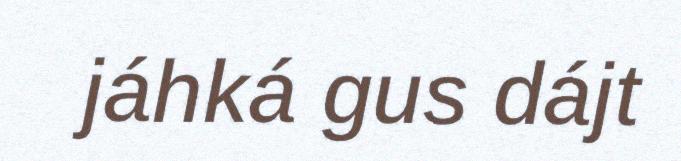
jáhká gus dájt